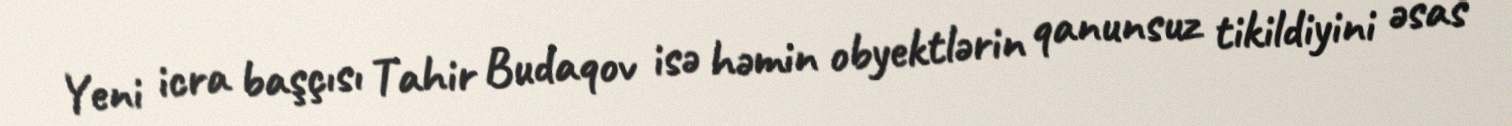
Yeni icra başçısı Tahir Budaqov isə həmin obyektlərin qanunsuz tikildiyini əsas